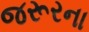
જરૂરના